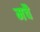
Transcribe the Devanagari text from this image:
मचै